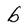
Character: b